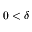
0 < \delta